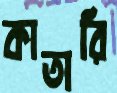
কাতারি